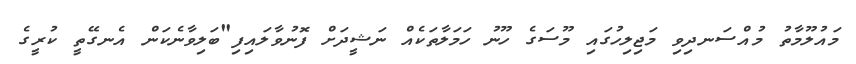
މައުލޫމާތު މުއްސަނދިވި މަޖިލިހުގައި މޫސަގެ ހޫނު ހަމަލާތަކެއް ނަޝީދަށް ފޮނުވާލައިފި"ބަލިވާނެކަން އެނގޭތީ ކުރީގެ